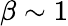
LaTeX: \beta\sim 1